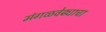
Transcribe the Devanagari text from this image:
मंगळवेढ्याचा